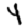
Digit: 4